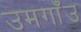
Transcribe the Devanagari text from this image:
उमगाँउ